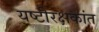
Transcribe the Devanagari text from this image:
यष्टीरक्षकांत